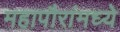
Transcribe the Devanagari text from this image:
महापौरांमध्ये